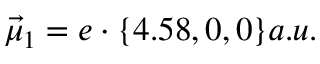
\vec { \mu } _ { 1 } = e \cdot \{ 4 . 5 8 , 0 , 0 \} a . u .